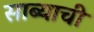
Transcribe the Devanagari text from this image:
साब्याची